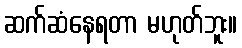
ဆက်ဆံနေရတာ မဟုတ်ဘူး။